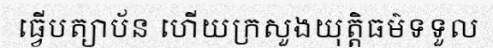
ធ្វើបត្យាប័ន ហើយក្រសួងយុត្តិធម៌ទទួល